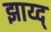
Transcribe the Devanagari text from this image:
झाय्द्